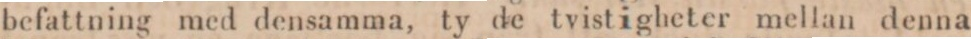
befattning med densamma, ty de tvistigheter mellan denna